Burma Government Medical School reports 1923-41
Year: 1923
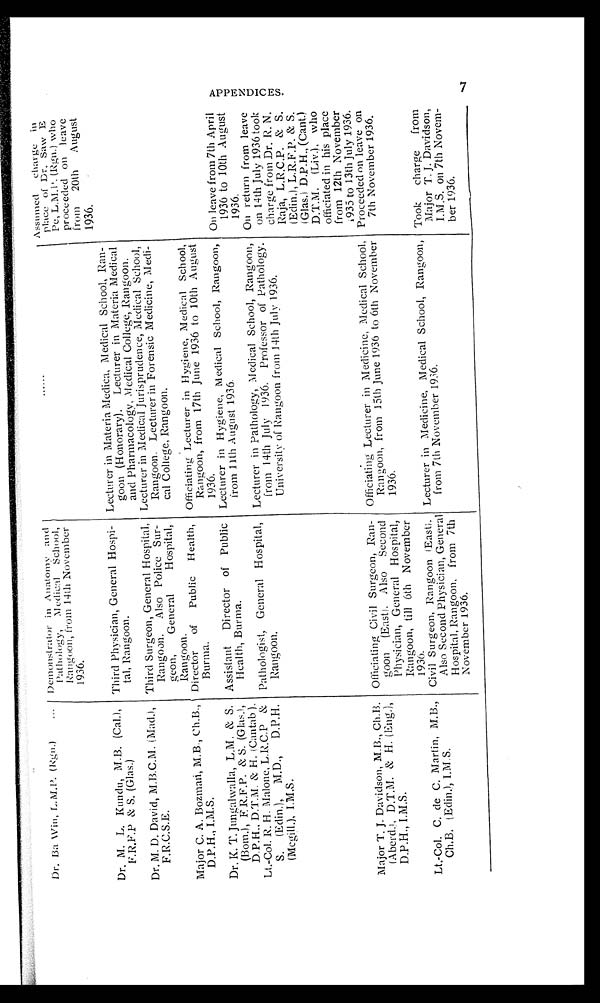
Dr. Ba Win, L.M.P. (Rgn.)
...
Demonstrator in Anatomy and
Pathology, Medical School,
Rangoon, from 14th November
1936.
......
Assumed
charge in
place of Dr. Saw E
Pe, L.M.P. (Rgn.) who
proceeded on leave
from 20th
August
1936.
Dr. M. L. Kundu, M.B. (Cal.),
F.R.F.P & S. (Glas.)
Third Physician, General Hospi-
tal, Rangoon.
Lecturer in Materia Medica, Medical School, Ran-
goon (Honorary). Lecturer in Materia Medical
and Pharmacology, Medical College, Rangoon.
Dr. M. D. David, M.B.C.M. (Mad.),
F.R.C.S.E.
Third Surgeon, General Hospital,
Rangoon.
Also Police Sur-
geon,
General
Hospital,
Rangoon.
Lecturer in Medical Jurisprudence, Medical School,
Rangoon. Lecturer in Forensic Medicine, Medi-
cal College, Rangoon.
Major C. A. Bozman, M.B., Ch.B.,
D.P.H., I.M.S.
Director
of
Public Health,
Burma.
Officiating Lecturer in Hygiene, Medical School,
Rangoon, from 17th June 1936 to 10th August
1936.
Dr. K. T. Jungalwalla, L.M. & S.
(Born.), F. R.F.P. & S. (Glas.),
D.P.H., D.T.M. & H. (Cantab.).
Assistant
Director of Public
Health, Burma.
Lecturer in Hygiene, Medical School, Rangoon,
from 11th August 1936.
On leave from 7th April
1936 to 10th August
1936.
Lt.-Col. R. H. Malone, L.R.C.P &
S. (Edin.), M.D.,
D.P.H.
(Mcgill.), I.M.S.
Pathologist, General Hospital,
Rangoon.
Lecturer in Pathology, Medical School, Rangoon,
from 14th July 1936. Professor of Pathology.
University of Rangoon from 14th July 1936.
On return from leave
on 14th July 1936 took
charge from Dr. R. N.
Raja, L.R.C.P. & S.
(Edin.), L.R.F.P. & S.
(Glas.) D.P.H., (Cant.)
D.T.M. (Liv.), who
officiated in his place
from 12th November
1935 to 13th July 1936.
Major T. J. Davidson, M.B., Ch.B.
(Aberd.), D.T.M. & H. (Eng.),
D.P.H., I.M.S.
Officiating Civil Surgeon, Ran-
goon (East). Also Second
Physician, General Hospital,
Rangoon, till 6th November
1936.
Officiating Lecturer in Medicine, Medical School,
Rangoon, from 15th June 1936 to 6th November
1936.
Proceeded on leave on
7th November 1936.
Lt.-Col. C. de C. Martin, M.B.,
Ch.B. (Edin.), I.M.S.
Civil Surgeon, Rangoon (East).
Also Second Physician, General
Hospital, Rangoon, from 7th
November 1936.
Lecturer in Medicine, Medical School, Rangoon,
from 7th November 1936.
Took
charge
from
Major T. J. Davidson,
I.M.S. on 7th Novem-
ber 1936.